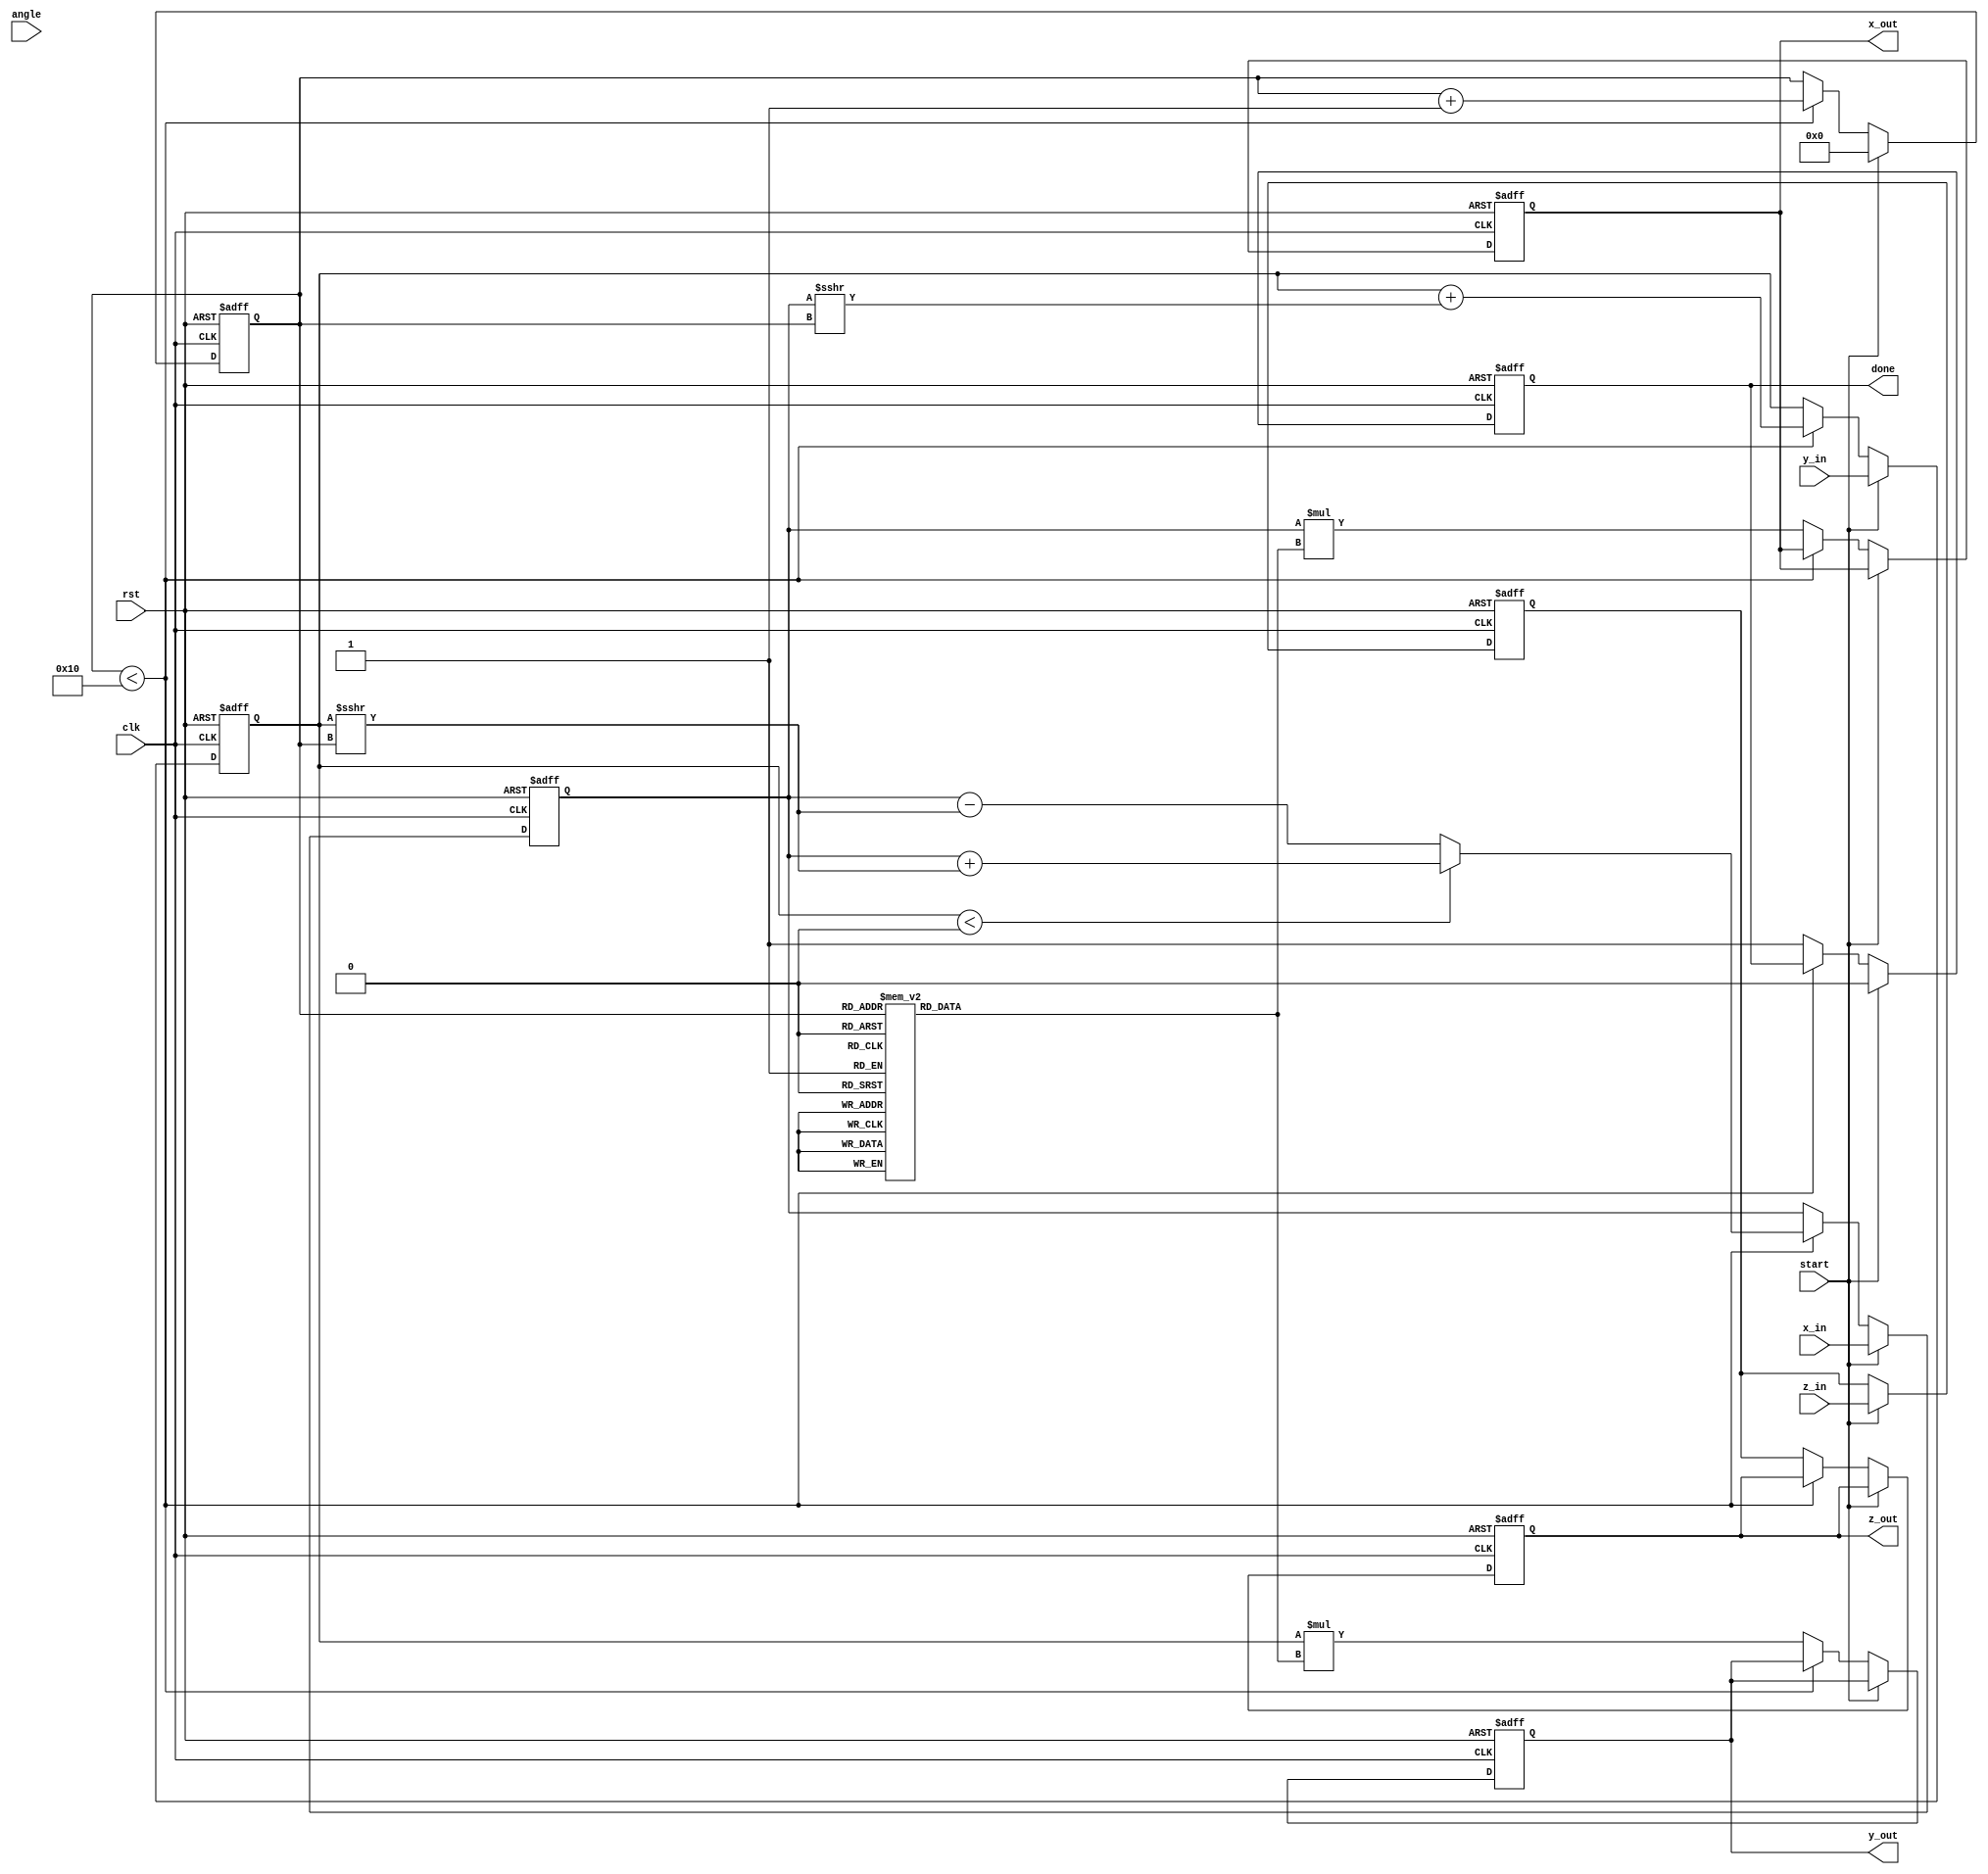
module CORDIC #(parameter DIM = 2, // Dimension (2 or 3)
                parameter BIT_WIDTH = 16, // Bit width for coordinates
                parameter MAX_ITER = 16  // Maximum number of iterations
                ) (
    input wire clk,
    input wire rst,
    input wire [BIT_WIDTH-1:0] x_in, // Input X coordinate
    input wire [BIT_WIDTH-1:0] y_in, // Input Y coordinate
    input wire [BIT_WIDTH-1:0] z_in, // Input Z coordinate (ignored for 2D)
    input wire [BIT_WIDTH-1:0] angle, // Desired rotation angle
    input wire start, // Start signal for computation
    output reg [BIT_WIDTH-1:0] x_out, // Output X coordinate
    output reg [BIT_WIDTH-1:0] y_out, // Output Y coordinate
    output reg [BIT_WIDTH-1:0] z_out, // Output Z coordinate (ignored for 2D)
    output reg done // Done signal
);

    // Look-Up Table for arctangent values
    reg [BIT_WIDTH-1:0] atan_lut [0:MAX_ITER-1];
    reg [BIT_WIDTH-1:0] k [0:MAX_ITER-1]; // Scaling factors
    initial begin
        // Initialize LUT for 2D and 3D operations
        // Example values for atan(2^-i) in fixed-point representation
        atan_lut[0] = 16'h2000; // atan(1) = pi/4 in Q15
        atan_lut[1] = 16'h1000; // atan(1/2)
        atan_lut[2] = 16'h0800; // atan(1/4)
        // More values can be added...

        // Initialize scale factors (K)
        k[0] = 16'h1C74; // K0 = 0.607 (approx)
        k[1] = 16'h1B6D; // K1 = 0.541 (approx)
        // More values can be added...
    end

    reg [BIT_WIDTH-1:0] x_reg, y_reg, z_reg; // Internal registers for coordinates
    reg [3:0] iter_count; // Iteration counter
    reg [BIT_WIDTH-1:0] angle_reg; // Internal angle register
    reg [BIT_WIDTH-1:0] angle_temp; // Temporary angle for computation

    // State machine for processing
    always @(posedge clk or posedge rst) begin
        if (rst) begin
            x_out <= 0;
            y_out <= 0;
            z_out <= 0;
            done <= 0;
            iter_count <= 0;
            x_reg <= 0;
            y_reg <= 0;
            z_reg <= 0;
            angle_reg <= 0;
        end else if (start) begin
            // Initialization
            x_reg <= x_in;
            y_reg <= y_in;
            z_reg <= z_in; // Only for 3D, ignore for 2D
            angle_reg <= angle;
            iter_count <= 0;
            done <= 0;
        end else if (iter_count < MAX_ITER) begin
            // CORDIC Iterative Rotation
            angle_temp = (angle_reg >= 0) ? atan_lut[iter_count] : -atan_lut[iter_count];

            // Update coordinates based on the current state
            if (DIM == 2) begin
                if (y_reg < 0) begin
                    x_reg <= x_reg + (y_reg >>> iter_count);
                    y_reg <= y_reg + (x_reg >>> iter_count);
                end else begin
                    x_reg <= x_reg - (y_reg >>> iter_count);
                    y_reg <= y_reg + (x_reg >>> iter_count);
                end
            end else if (DIM == 3) begin
                // 3D rotation logic (simplified)
                // Add 3D rotation logic here if needed
            end

            // Update angle based on the sign
            angle_reg <= angle_reg - angle_temp;

            // Increment iteration counter
            iter_count <= iter_count + 1;
        end else begin
            // Output results and signal completion
            x_out <= x_reg * k[iter_count]; // Scale output
            y_out <= y_reg * k[iter_count]; // Scale output
            z_out <= z_reg; // Only for 3D
            done <= 1;
        end
    end
endmodule